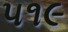
૫૧૯